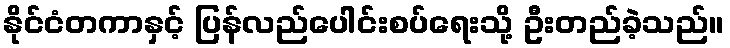
နိုင်ငံတကာနှင့် ပြန်လည်ပေါင်းစပ်ရေးသို့ ဦးတည်ခဲ့သည်။